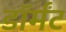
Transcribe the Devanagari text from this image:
डॉर्मंट